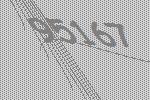
95167